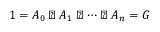
1 = A _ { 0 } \triangleleft A _ { 1 } \triangleleft \cdots \triangleleft A _ { n } = G